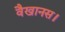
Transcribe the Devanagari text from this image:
वैखानस।